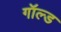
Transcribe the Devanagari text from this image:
गॉल्ड